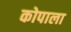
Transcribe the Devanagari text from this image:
कोपाला